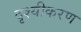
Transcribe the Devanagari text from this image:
दृश्यीकरण